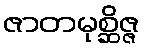
ဇာတမုစ္ဆိဇ္ဇ